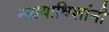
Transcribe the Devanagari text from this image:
न्यायाधिशांनी